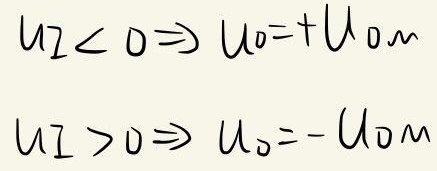
\[
\begin{align*}
u_{I}<0&\Rightarrow u_{o}=+U_{oM}\\
u_{I}>0&\Rightarrow u_{o}=-U_{oM}
\end{align*}
\]